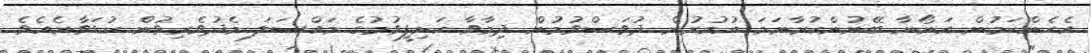
އެހެންކަމުން އަނޯނާ ބޭނުންކުރާނަމަ އުމުރުން ދުވަސްވުމުން ދިމާވާ ކަށިފީވުމުގެ މައްސަލަ މެދުވެރިވުން ކުޑަވާނެއެވެ.